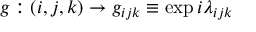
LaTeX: g : ( i , j , k ) \rightarrow g _ { i j k } \equiv \exp { i \lambda _ { i j k } }